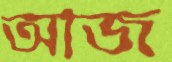
আজ